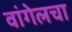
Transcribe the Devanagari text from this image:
वांगेलचा